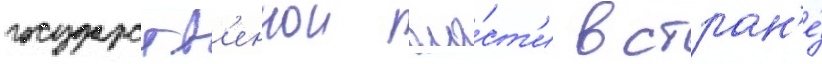
государств'еннои вла́ст'и в стран'е́